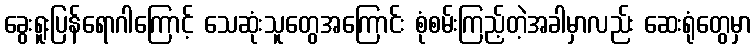
ခွေးရူးပြန်ရောဂါကြောင့် သေဆုံးသူတွေအကြောင်း စုံစမ်းကြည့်တဲ့အခါမှာလည်း ဆေးရုံတွေမှာ